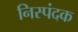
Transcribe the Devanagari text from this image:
निस्पंदक